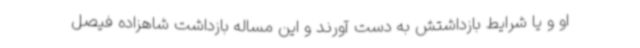
او و یا شرایط بازداشتش به دست آورند و این مساله بازداشت شاهزاده فیصل